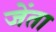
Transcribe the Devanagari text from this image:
जेंता